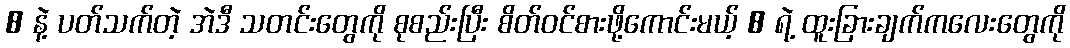
8 နဲ့ ပတ်သက်တဲ့ အဲဒီ သတင်းတွေကို စုစည်းပြီး စိတ်ဝင်စားဖို့ကောင်းမယ့် 8 ရဲ့ ထူးခြားချက်ကလေးတွေကို